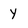
Character: Y